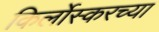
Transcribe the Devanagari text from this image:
किर्लोस्करच्या